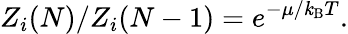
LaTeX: Z_{i}(N)/Z_{i}(N-1)=e^{-\mu/\mathit{k}_{\mathrm{{{B}}}}T}.